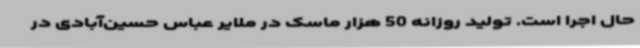
حال اجرا است. تولید روزانه 50 هزار ماسک در ملایر عباس حسین‌آبادی در